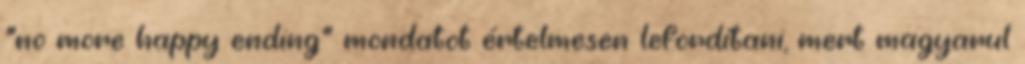
“no more happy ending” mondatot értelmesen lefordítani, mert magyarul